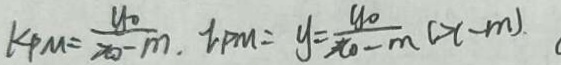
k P M = \frac { y _ { 0 } } { x _ { 0 } - m . } l _ { P M } = y = \frac { y _ { 0 } } { x _ { 0 } - m } ( x - m )